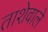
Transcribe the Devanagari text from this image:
ताशेवाले